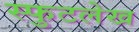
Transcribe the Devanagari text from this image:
स्फुटलेख